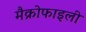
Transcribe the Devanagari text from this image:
मैक्रोफाइली